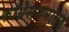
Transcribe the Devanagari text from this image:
काँग्रेसजनांसह